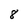
Character: 8